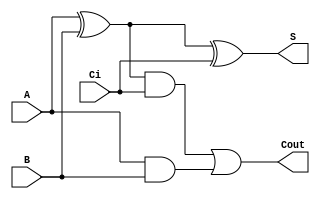
module sum1bcc_primitive (A, B, Ci,Cout,S); //Se define el mdulo con las 3 entradas y las 2 slidas 

	//Se definen las entradas y salidas
  input  A;
  input  B;
  input  Ci; // Entradas
  output Cout;
  output S; //Slidas

  //Se definen los cables que conectarn el sumador

  wire a_ab; 
  wire x_ab;
  wire cout_t;
  
  //Se definen los operadores lgicos

  and(a_ab,A,B);
  xor(x_ab,A,B);

  xor(S,x_ab,Ci);
  and(cout_t,x_ab,Ci);

  or (Cout,cout_t,a_ab);
endmodule //Se finaliza el mdulo